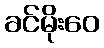
ခင်မိုးဝေ